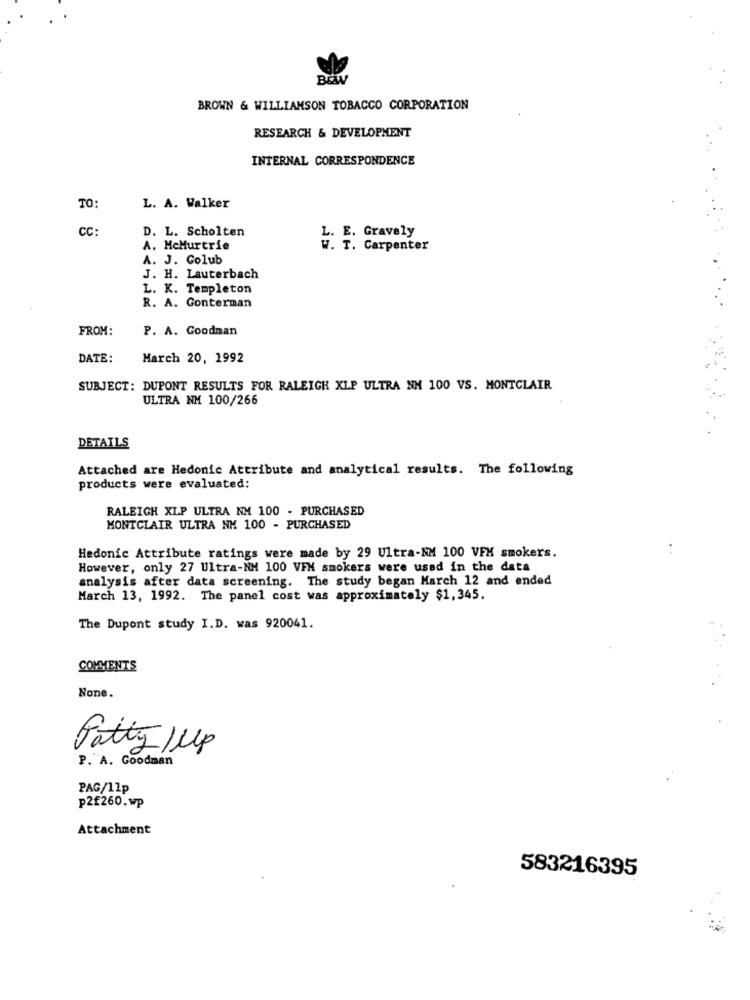
BEW
BROWN & WILLIAMSON TOBACCO CORPORATION
RESEARCH & DEVELOPMENT
INTERNAL CORRESPONDENCE
TO:
L. A. Walker
CC:
D. L. Scholten
L. E. Gravely
A. McHurtrie
W. T. Carpenter
A. J. Golub
J. H. Lauterbach
L. K. Templeton
R. A. Conterman
FROM:
P. A. Goodman
DATE :
March 20, 1992
SUBJECT: DUPONT RESULTS FOR RALEIGH XLP ULTRA NH 100 VS. MONTCLAIR
ULTRA NM 100/266
DETAILS
Attached are Hedonic Attribute and analytical results. The following
products were evaluated:
RALEIGH XLP ULTRA NM 100 - PURCHASED
MONTCLAIR ULTRA NM 100 - PURCHASED
Hedonic Attribute ratings were made by 29 Ultra-NM 100 VFM smokers.
However, only 27 Ultra-NM 100 VFX smokers were used in the data
analysis after data screening. The study began March 12 and ended
March 13, 1992. The panel cost was approximately $1,345.
The Dupont study I.D. was 920041.
COMMENTS
None.
Patty /up
P. A. Goodman
PAG/11p
p2£260.wp
Attachment
583216395